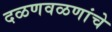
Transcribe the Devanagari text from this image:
दळणवळणांचे